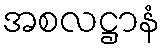
အစလဋ္ဌာနံ